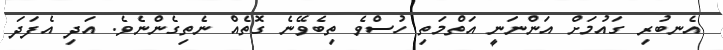
އެނބުރި ގައުމަށް އަންނަނީ އަތްމަތި ހުސްވެ ތިބެވޭނެ ގޮތެއް ނެތިގެންނެވެ. އަދި އެފަދަ